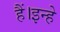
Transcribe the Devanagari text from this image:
हैं।इन्हे